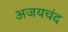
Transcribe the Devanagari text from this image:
अजयचंद